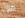
مون